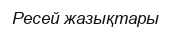
Ресей жазықтары